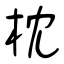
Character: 枕